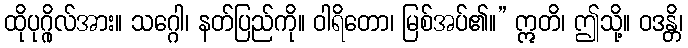
ထိုပုဂ္ဂိုလ်အား။ သဂ္ဂေါ၊ နတ်ပြည်ကို။ ဝါရိတော၊ မြစ်အပ်၏။” ဣတိ၊ ဤသို့။ ဝဒန္တိ၊